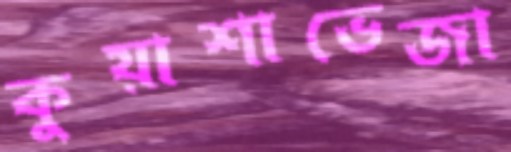
কুয়াশাভেজা